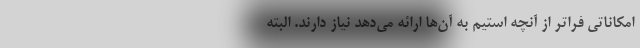
امکاناتی فراتر از آنچه استیم به آن‌ها ارائه می‌دهد نیاز دارند. البته